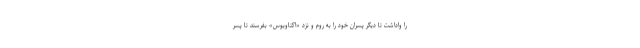
را واداشت تا دیگر پسران خود را به روم و نزد «اکتاویوس» بفرستد تا پسر